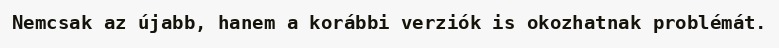
Nemcsak az újabb, hanem a korábbi verziók is okozhatnak problémát.